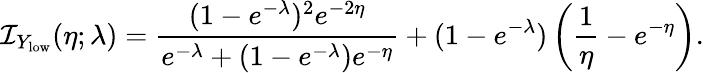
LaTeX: \mathcal{I}_{{Y_{\mathrm{low}}}}(\eta;\lambda)=\frac{(1-e^{-\lambda})^{2}e^{-2\eta}}{e^{-\lambda}+(1-e^{-\lambda})e^{-\eta}}+(1-e^{-\lambda})\left(\frac{1}{\eta}-e^{-\eta}\right).